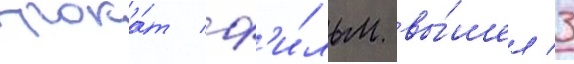
прока́т ф'и́льм вы́шел 3